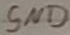
Text: GND